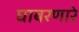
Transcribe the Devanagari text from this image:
घाबरणारे